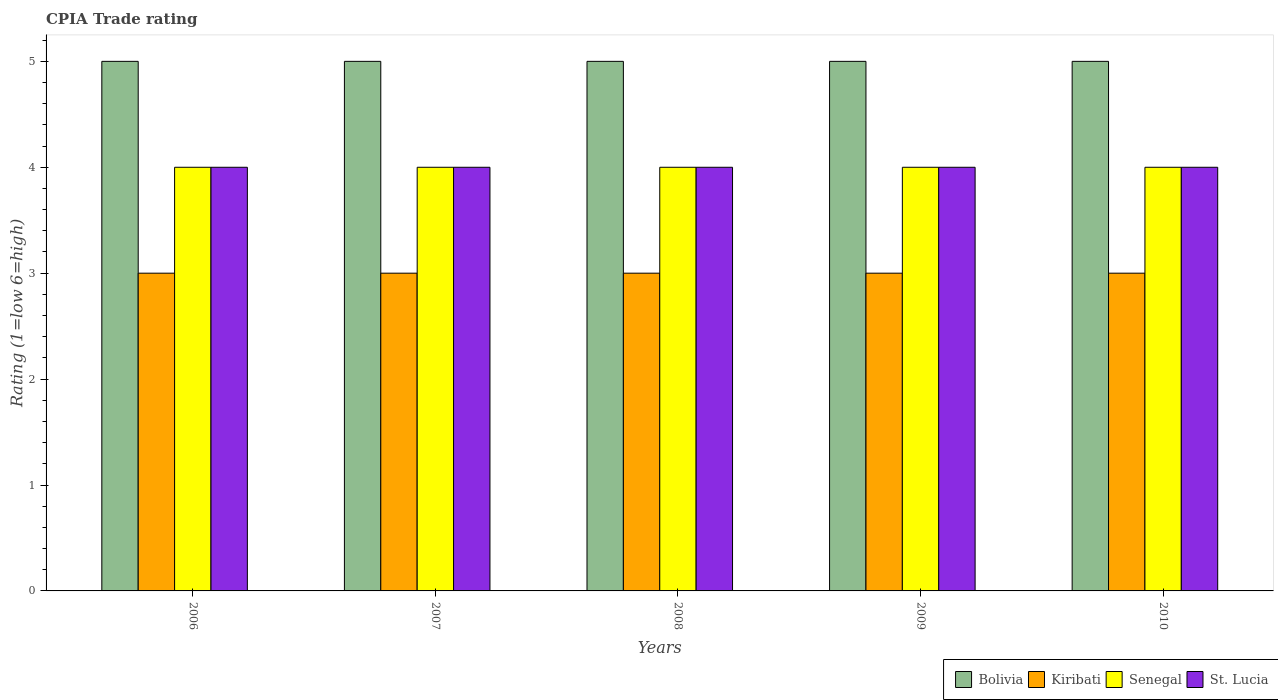
| Years | Bolivia | Kiribati | Senegal | St. Lucia |
 | --- | --- | --- | --- | --- |
 | 2006 | 5 | 3 | 4 | 4 |
 | 2007 | 5 | 3 | 4 | 4 |
 | 2008 | 5 | 3 | 4 | 4 |
 | 2009 | 5 | 3 | 4 | 4 |
 | 2010 | 5 | 3 | 4 | 4 |